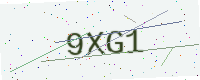
Text: 9XG1